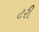
ટરી